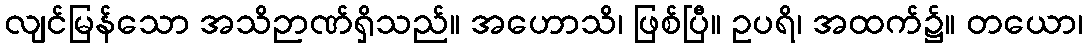
လျင်မြန်သော အသိဉာဏ်ရှိသည်။ အဟောသိ၊ ဖြစ်ပြီ။ ဥပရိ၊ အထက်၌။ တယော၊